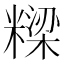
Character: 𮇹